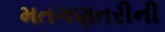
મતગણતરીની